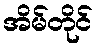
အိမ်တိုင်